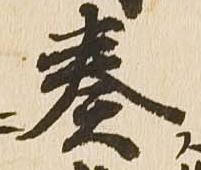
奏